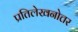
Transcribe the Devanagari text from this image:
प्रतिलेखनोत्तर